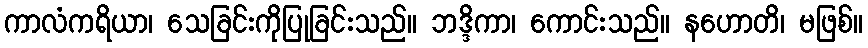
ကာလံကရိယာ၊ သေခြင်းကိုပြုခြင်းသည်။ ဘဒ္ဒိကာ၊ ကောင်းသည်။ နဟောတိ၊ မဖြစ်။